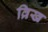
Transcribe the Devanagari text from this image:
व्रिख